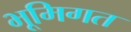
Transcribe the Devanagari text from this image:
भूमिगत